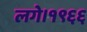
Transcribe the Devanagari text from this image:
लगे।१९६६